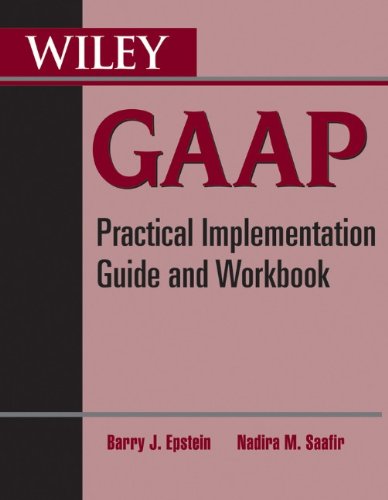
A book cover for Wiley GAAP: Practical Implementation Guide and Workbook; Barry J. Epstein; Test Preparation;